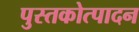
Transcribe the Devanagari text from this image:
पुस्तकोत्पादन